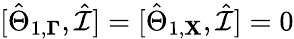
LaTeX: [\hat{\Theta}_{1,\mathbf{\Gamma}},\hat{\mathcal{I}}]=[\hat{\Theta}_{1,\mathbf{X}},\hat{\mathcal{I}}]=0